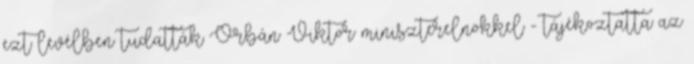
ezt levélben tudatták Orbán Viktor miniszterelnökkel - tájékoztatta az